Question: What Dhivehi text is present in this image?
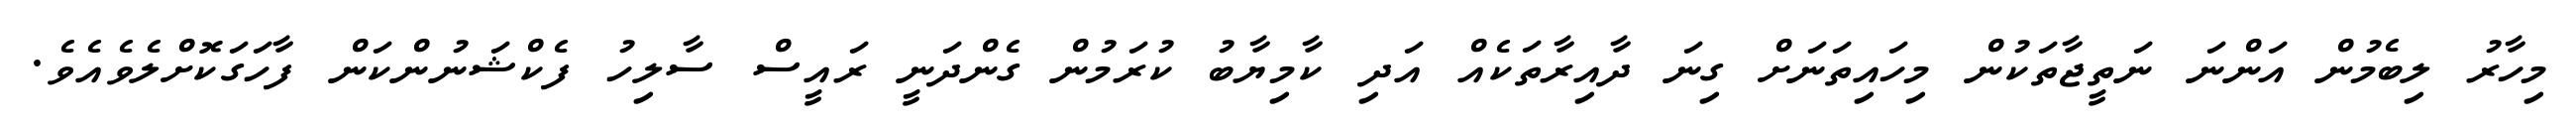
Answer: މިހާރު ލިބެމުން އަންނަ ނަތީޖާތަކުން މިހައިތަނަށް ގިނަ ދާއިރާތަކެއް އަދި ކާމިޔާބު ކުރަމުން ގެންދަނީ ރައީސް ސާލިހު ފެކްޝަނުންކަން ފާހަގަކޮށްލެވެއެވެ.